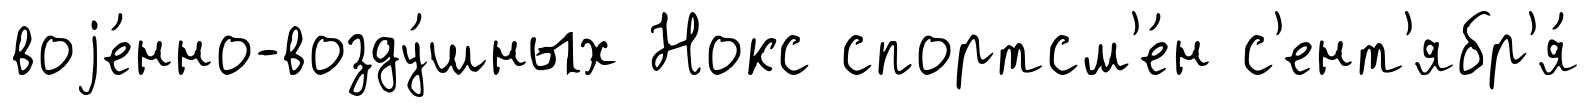
воjе́нно-возду́шных Нокс спортсм'е́н с'ент'ябр'я́